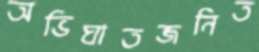
অভিঘাতজনিত